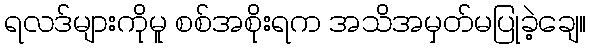
ရလဒ်များကိုမူ စစ်အစိုးရက အသိအမှတ်မပြုခဲ့ချေ။